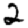
Digit: 2